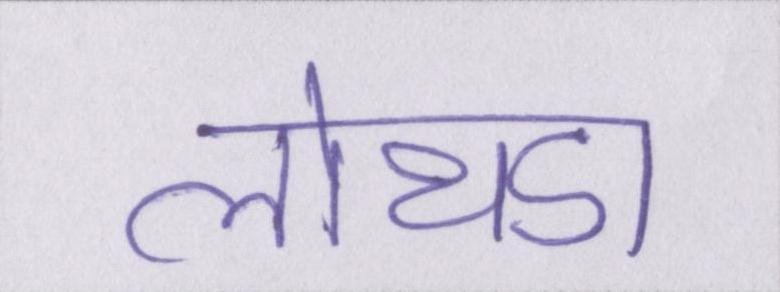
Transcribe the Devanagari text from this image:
लोथडा